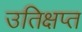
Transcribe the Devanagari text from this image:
उतिक्षप्त